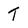
Character: T